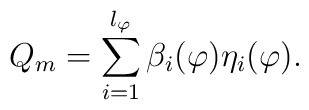
Q_m=\sum_{i=1}^{l_\varphi }\beta _i(\varphi )\eta _i(\varphi ).